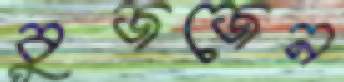
বুজজেন